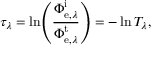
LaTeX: \tau _ { \lambda } = \ln \! \left( { \frac { \Phi _ { \mathrm { e } , \lambda } ^ { \mathrm { i } } } { \Phi _ { \mathrm { e } , \lambda } ^ { \mathrm { t } } } } \right) = - \ln T _ { \lambda } ,